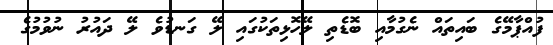
ފުއްޕާމޭގެ ބައިތައް ނެގުމާއި ބޮޑެތި ލޭހޮޅިތަކުގައި ލޭ ގަނޑުވެ ލޭ ދައުރު ނުވުމުގެ